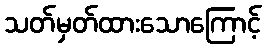
သတ်မှတ်ထားသောကြောင့်